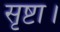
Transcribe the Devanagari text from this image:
सृष्टा।